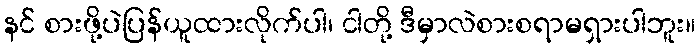
နင် စားဖို့ပဲပြန်ယူထားလိုက်ပါ၊ ငါတို့ ဒီမှာလဲစားစရာမရှားပါဘူး။